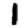
Digit: 1